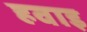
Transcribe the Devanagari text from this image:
हवाइ